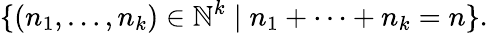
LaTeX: \{ (n_{1},\dots,n_{k})\in\mathbb{N}^{k}\mid n_{1}+\cdots+n_{k}=n\} .